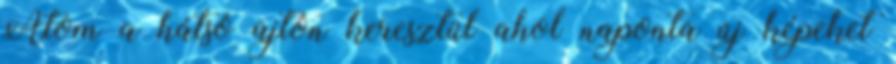
Atom a hátsó ajtón keresztül ahol naponta új képeket